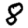
Digit: 8